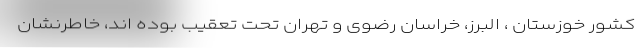
کشور خوزستان ، البرز، خراسان رضوی و تهران تحت تعقیب بوده اند، خاطرنشان